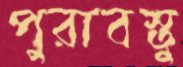
পুরাবস্তু